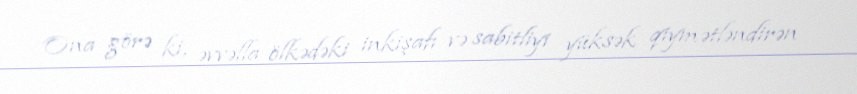
Ona görə ki, əvvəlla ölkədəki inkişafı və sabitliyi yüksək qiymətləndirən